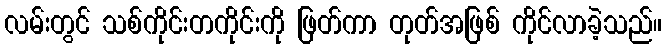
လမ်းတွင် သစ်ကိုင်းတကိုင်းကို ဖြတ်ကာ တုတ်အဖြစ် ကိုင်လာခဲ့သည်။